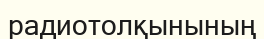
радиотолқынының